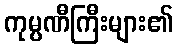
ကုမ္ပဏီကြီးများ၏